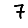
Digit: 7